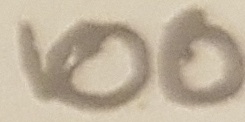
Text: 100Ω